Leprosy in India: report of the Leprosy Commission in India, 1890-91
Year: 1890
Disease focus: Leprosy
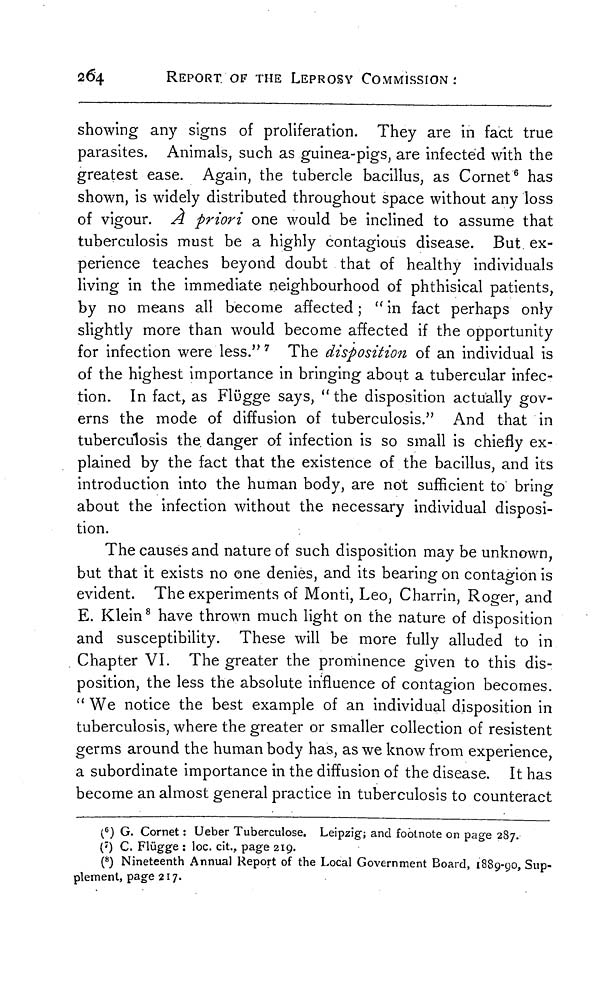
264
REPORT OF THE LEPROSY COMMISSION :
showing any signs of proliferation. They are in fact true
parasites. Animals, such as guinea-pigs, are infected with the
greatest ease. Again, the tubercle bacillus, as Cornet 6 has
shown, is widely distributed throughout space without any loss
of vigour. À priori one would be inclined to assume that
tuberculosis must be a highly contagious disease. But ex-
perience teaches beyond doubt that of healthy individuals
living in the immediate neighbourhood of phthisical patients,
by no means all become affected ; " in fact perhaps only
slightly more than would become affected if the opportunity
for infection were less." 7 The disposition of an individual is
of the highest importance in bringing about a tubercular infec-
tion. In fact, as Flügge says, " the disposition actually gov-
erns the mode of diffusion of tuberculosis." And that in
tuberculosis the danger of infection is so small is chiefly ex-
plained by the fact that the existence of the bacillus, and its
introduction into the human body, are not sufficient to bring
about the infection without the necessary individual disposi-
tion.
The causes and nature of such disposition may be unknown,
but that it exists no one denies, and its bearing on contagion is
evident. The experiments of Monti, Leo, Charrin, Roger, and
E. Klein 8 have thrown much light on the nature of disposition
and susceptibility. These will be more fully alluded to in
Chapter VI. The greater the prominence given to this dis-
position, the less the absolute influence of contagion becomes.
" We notice the best example of an individual disposition in
tuberculosis, where the greater or smaller collection of resistent
germs around the human body has, as we know from experience,
a subordinate importance in the diffusion of the disease. It has
become an almost general practice in tuberculosis to counteract
( 6 ) G. Cornet : Ueber Tuberculose. Leipzig; and footnote on page 287.
( 7 ) C. Flügge : loc. cit., page 219.
( 8 ) Nineteenth Annual Report of the Local Government Board, 1889-90, Sup-
plement, page 217.